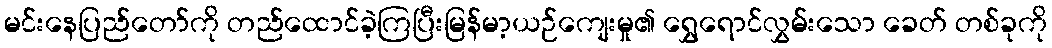
မင်းနေပြည်တော်ကို တည်ထောင်ခဲ့ကြပြီးမြန်မာ့ယဉ်ကျေးမှု၏ ရွှေရောင်လွှမ်းသော ခေတ် တစ်ခုကို